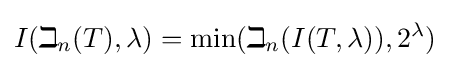
I(\beth _{n}(T),\lambda )=\min(\beth _{n}(I(T,\lambda )),2^{\lambda })